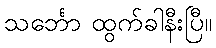
သင်္ဘော ထွက်ခါနီးပြီ။